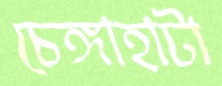
চেঙ্গাহাটা